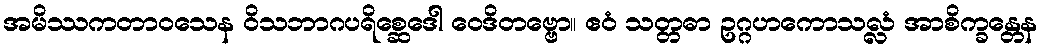
အမိဿကတာဝသေန ဝိသဘာဂပရိစ္ဆေဒေါ ဝေဒိတဗ္ဗော။ ဧဝံ သတ္တဓာ ဥဂ္ဂဟကောသလ္လံ အာစိက္ခန္တေန